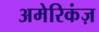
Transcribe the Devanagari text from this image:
अमेरिकंज़